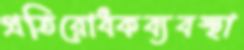
প্রতিরোধকব্যবস্থা